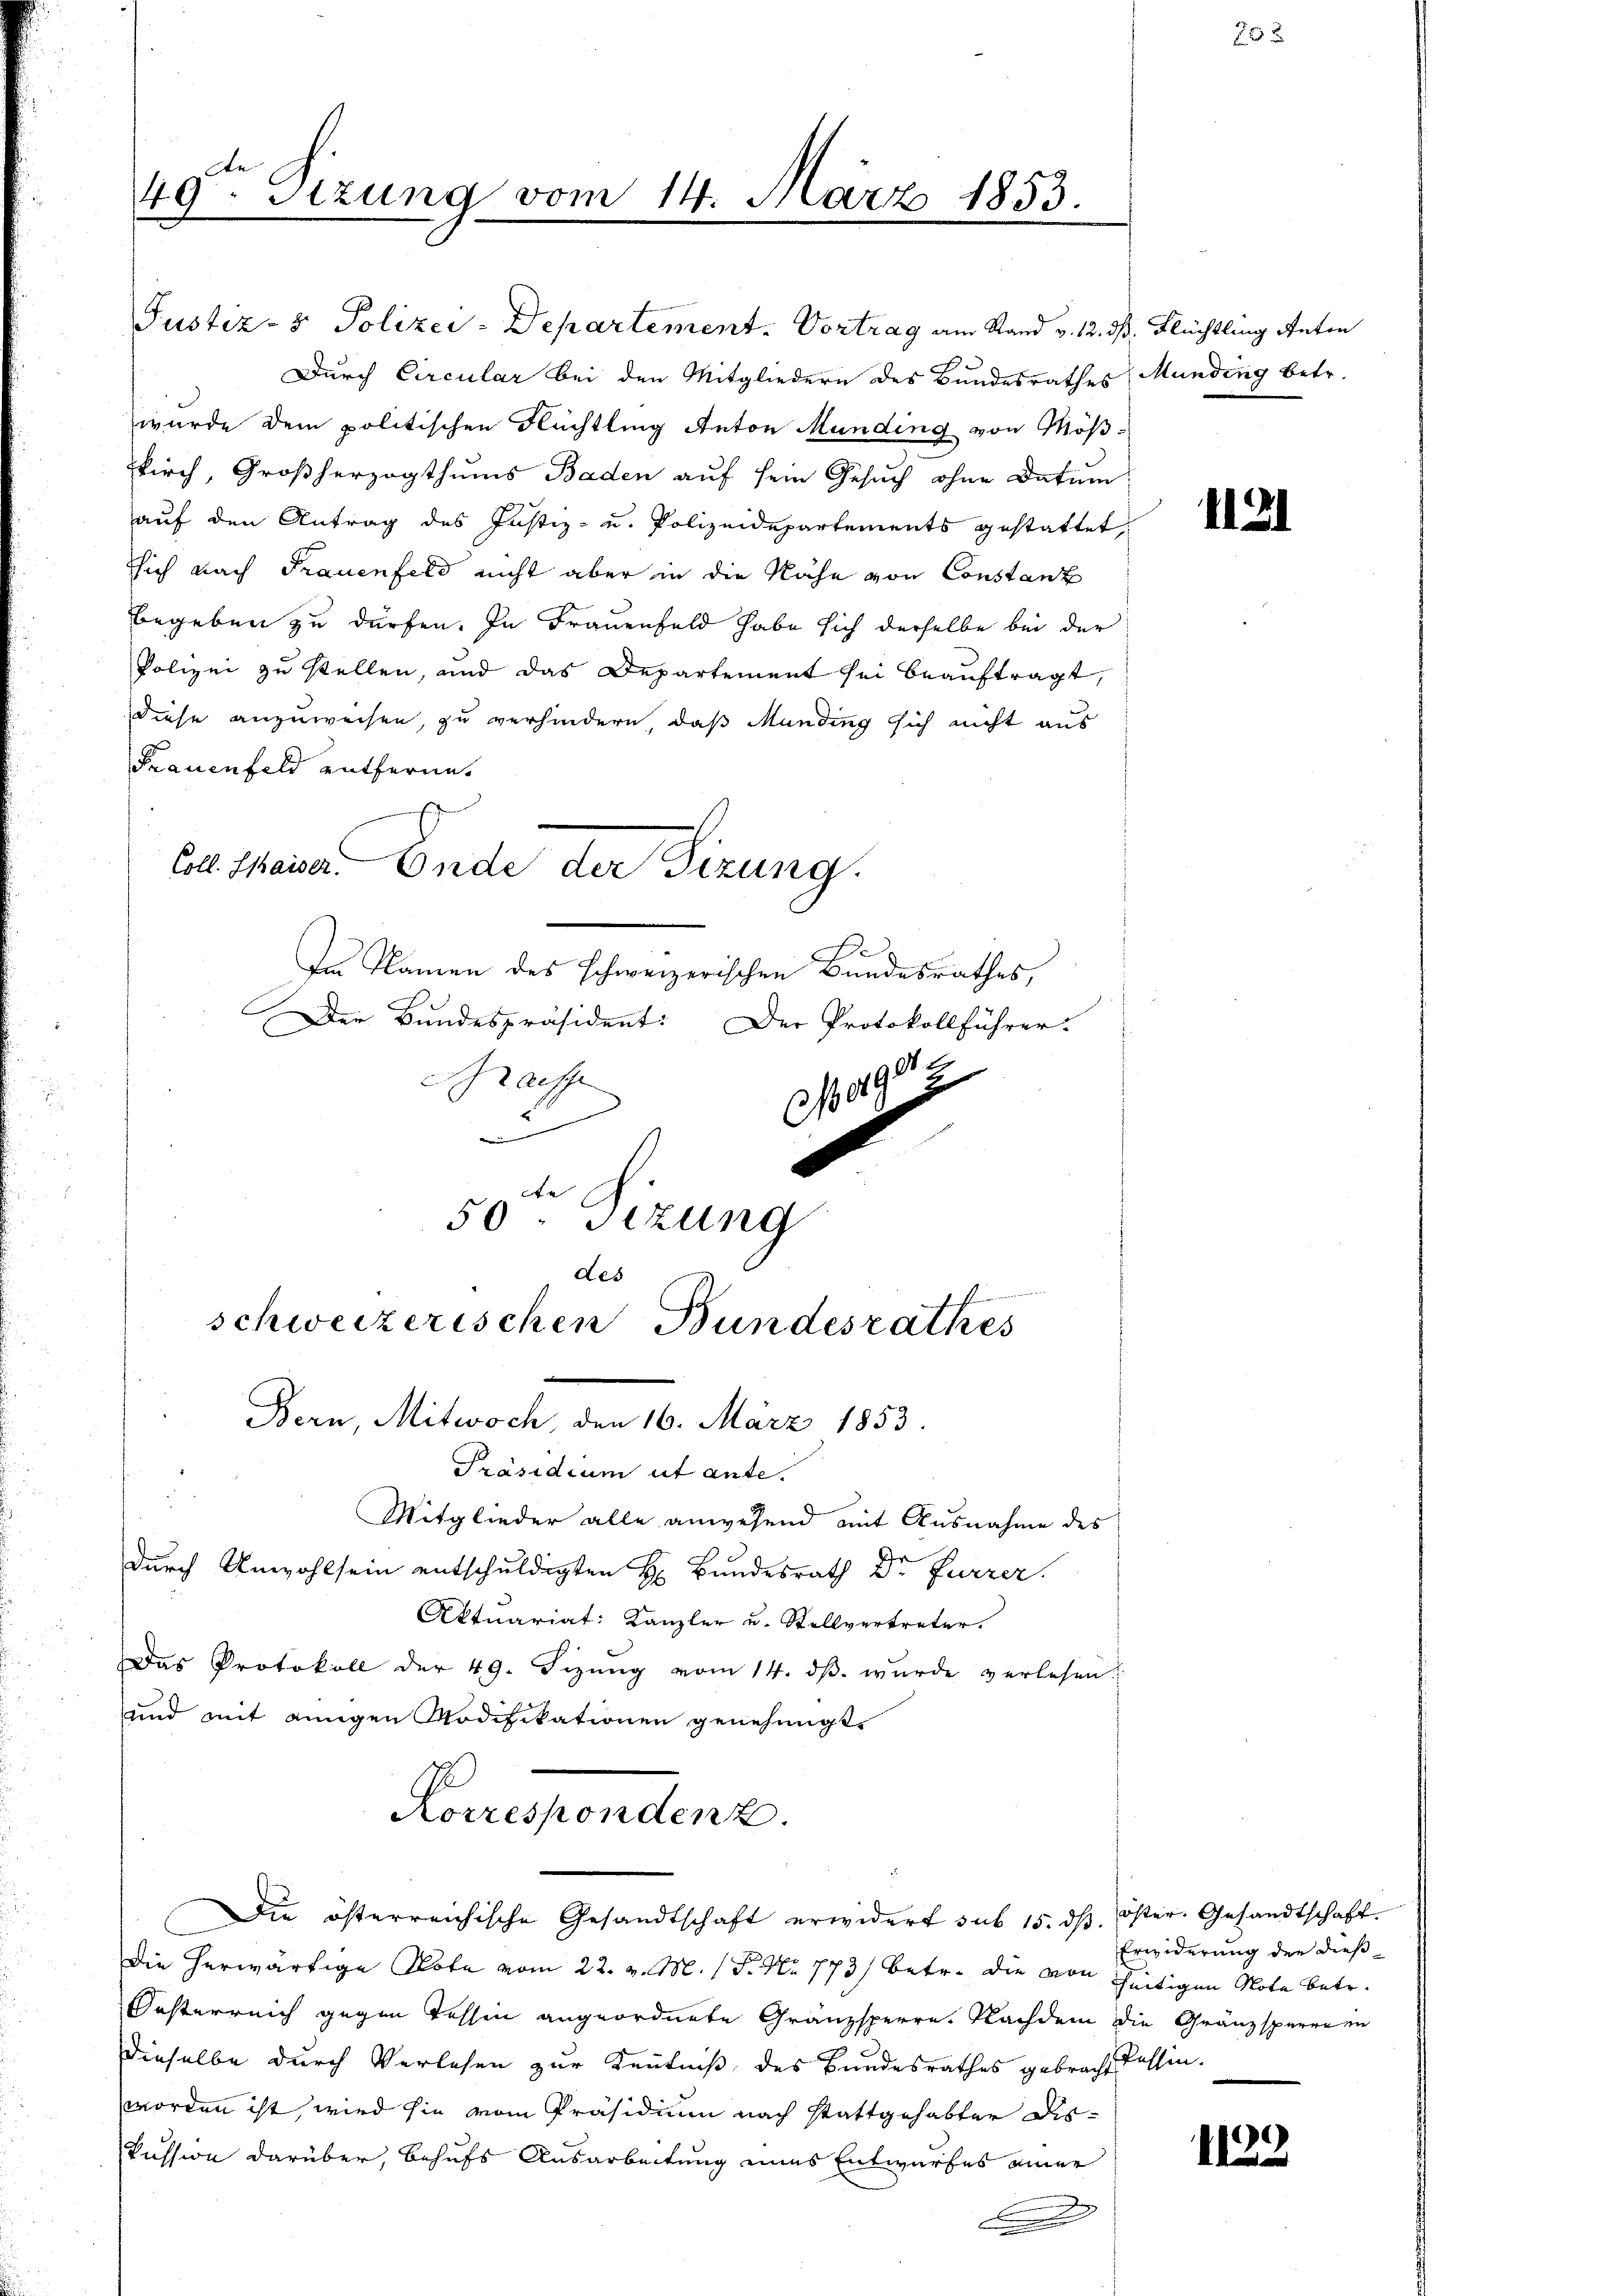
49ten Sizung vom 14. März 1853.

Justiz- & Polizei-Departement. Vortrag am Stand v. 12. ds. Flüchtling Anton
Durch Circular bei den Mitgliedern des Bundesrathes Munding betr.
wurde dem politischen Flüchtling Anton Munding von Möskirch, Großherzogthums Baden auf sein Gesuch ohne Datum
auf den Antrag des Justiz- u. Polizeidepartements gestattet,
sich nach Frauenfeld nicht aber in die Nähe von Constanz
begeben zu dürfen. In Frauenfeld habe sich derselbe bei der
Polizei zu stellen, und das Departement sei beauftragt,
diese anzuweisen, zu verhindern, daß Munding sich nicht aus
Frauenfeld entferne.
Coll. Waiser. Ende der Sizung.
Im Namen des schweizerischen Bundesrathes,

Den Bundespräsident: Der Protokollführer.
2
aiffe
492
u
d

50ten Sizung
des
schweizerischen Bundesrathes
Bern, Mitwoch, den 16. März 1853.

ngenen seinen

Präsidium ut ante.
Mitglieder alle anwesend mit Ausnahme des
durch Unwohl sein entschuldigten H. Bundesrath Dr Furrer.
Aktuariat: Kanzler u. Stellvertreter.
Das Protokoll der 49. Fizŭng vom 14. dβ. wurde verlesen.
und mit einigen Modifikationen genehmigt.
Korrespondenz.
Die österreichische Gesandtschaft erwidert sub 15. dß. Öster. Gesandtschaft.
Die herwärtige Note vom 22. v. M. 1 S. Nr. 773) betr. die von seitigen Note betr.
Oesterreich gegen Tessin angeordnete Gränzsperre. Nachdem die Gränzsperre in
dieselbe durch Verlesen zur Kenntniß des Bundesrathes gebracht lassen.
worden ist, wird sie vom Präsidium nach stattgehabter Dis-
Pession darüber, behufs Ausarbeitung eines Entwurfes einer

1121

Erwiderung der dieß¬

1123